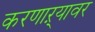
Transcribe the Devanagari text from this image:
करणाऱ्यावर